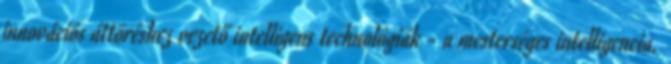
innovációs áttöréshez vezető intelligens technológiák - a mesterséges intelligencia,